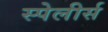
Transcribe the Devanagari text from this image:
स्पेलीर्स